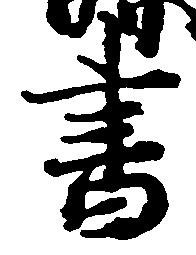
書